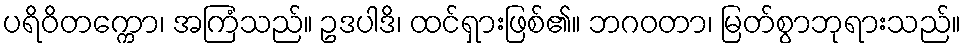
ပရိဝိတက္ကော၊ အကြံသည်။ ဥဒပါဒိ၊ ထင်ရှားဖြစ်၏။ ဘဂဝတာ၊ မြတ်စွာဘုရားသည်။